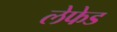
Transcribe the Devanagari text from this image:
लेफेड